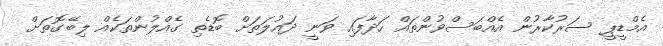
އެެމްޑީޕީ ސަރުކާރުން އެއްބަސްވުންތައް ހަދާފައި ވަނީ ދައުލަތަށް ބޮޑެތި ގެއްލުންތަކެއް ލިބޭގޮތަށް